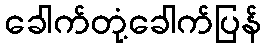
ခေါက်တုံ့ခေါက်ပြန်